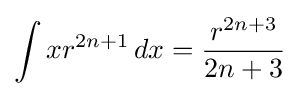
\int xr^{2n+1}\,dx={\frac {r^{2n+3}}{2n+3}}